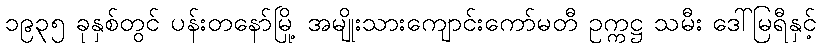
၁၉၃၅ ခုနှစ်တွင် ပန်းတနော်မြို့ အမျိုးသားကျောင်းကော်မတီ ဥက္ကဋ္ဌ သမီး ဒေါ်မြရီနှင့်